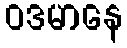
ဝဒမာနေ